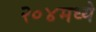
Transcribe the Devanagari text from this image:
२०४मध्ये